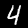
Digit: 4